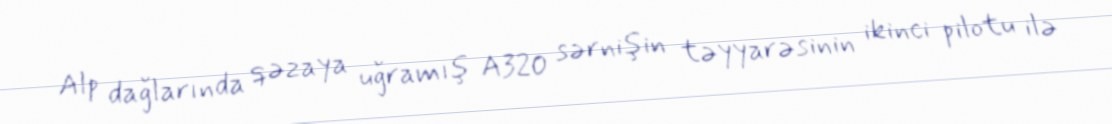
Alp dağlarında qəzaya uğramış A320 sərnişin təyyarəsinin ikinci pilotu ilə